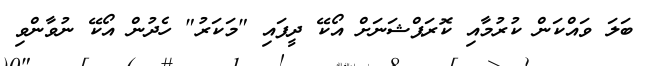
ބަލަ ވައްކަން ކުރުމާއި ކޮރަޕްޝަނަށް އޯކޭ ދީފައި "މަކަރު" ހެދުން އޯކޭ ނުވާންވި